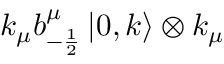
k _ { \mu } b _ { - \frac { 1 } { 2 } } ^ { \mu } \left| 0 , k \right\rangle \otimes k _ { \mu }